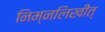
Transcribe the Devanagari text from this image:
निम्नलिखीत्